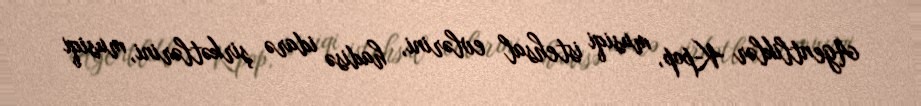
Agentliklər K-pop, musiqi istehsal evlərini, hadisə idarə şirkətlərini, musiqi